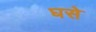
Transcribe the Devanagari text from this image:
घसे